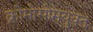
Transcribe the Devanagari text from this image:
क्रोमोसोमयुक्त